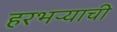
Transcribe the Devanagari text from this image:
हरभऱ्याची